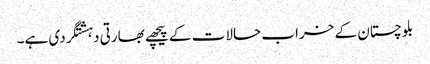
بلوچستان کے خراب حالات کے پیچھے بھارتی دہشتگردی ہے۔